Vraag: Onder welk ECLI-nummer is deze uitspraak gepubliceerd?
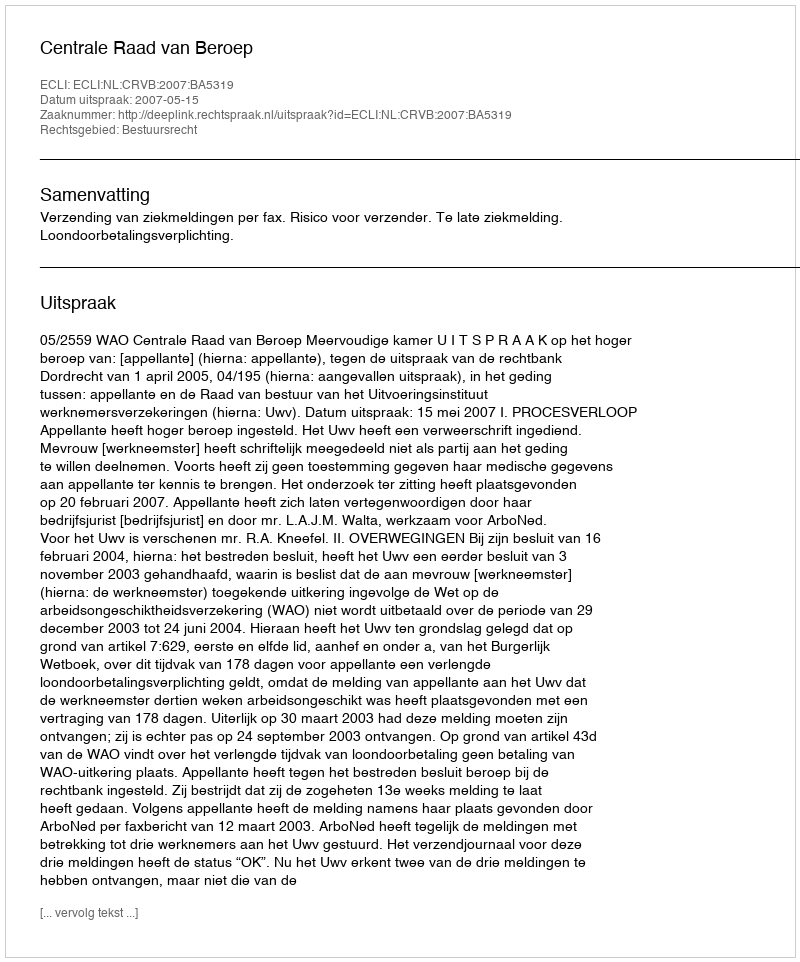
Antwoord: ECLI:NL:CRVB:2007:BA5319